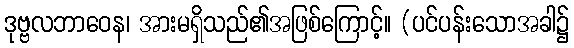
ဒုဗ္ဗလဘာဝေန၊ အားမရှိသည်၏အဖြစ်ကြောင့်။ (ပင်ပန်းသောအခါ၌